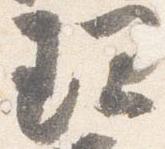
理